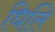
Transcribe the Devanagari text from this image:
धिलि